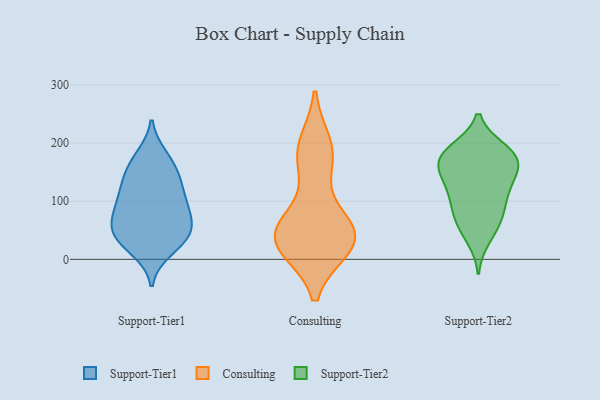
{"axis": {"x": "Gross Profit (USD K)", "y": "Value"}, "legend": ["Consulting", "Support-Tier1", "Support-Tier2"], "data": [{"x": "", "y": 17, "type": "Support-Tier1"}, {"x": "", "y": 144, "type": "Support-Tier1"}, {"x": "", "y": 73, "type": "Support-Tier1"}, {"x": "", "y": 141, "type": "Support-Tier1"}, {"x": "", "y": 167, "type": "Support-Tier1"}, {"x": "", "y": 34, "type": "Support-Tier1"}, {"x": "", "y": 176, "type": "Support-Tier1"}, {"x": "", "y": 57, "type": "Support-Tier1"}, {"x": "", "y": 39, "type": "Support-Tier1"}, {"x": "", "y": 109, "type": "Support-Tier1"}, {"x": "", "y": 92, "type": "Support-Tier1"}, {"x": "", "y": 53, "type": "Support-Tier1"}, {"x": "", "y": 116, "type": "Support-Tier1"}, {"x": "", "y": 86, "type": "Support-Tier1"}, {"x": "", "y": 38, "type": "Support-Tier1"}, {"x": "", "y": 40, "type": "Consulting"}, {"x": "", "y": 175, "type": "Consulting"}, {"x": "", "y": 46, "type": "Consulting"}, {"x": "", "y": 34, "type": "Consulting"}, {"x": "", "y": 25, "type": "Consulting"}, {"x": "", "y": 50, "type": "Consulting"}, {"x": "", "y": 53, "type": "Consulting"}, {"x": "", "y": 195, "type": "Consulting"}, {"x": "", "y": 176, "type": "Consulting"}, {"x": "", "y": 23, "type": "Consulting"}, {"x": "", "y": 184, "type": "Support-Tier2"}, {"x": "", "y": 130, "type": "Support-Tier2"}, {"x": "", "y": 83, "type": "Support-Tier2"}, {"x": "", "y": 127, "type": "Support-Tier2"}, {"x": "", "y": 187, "type": "Support-Tier2"}, {"x": "", "y": 189, "type": "Support-Tier2"}, {"x": "", "y": 178, "type": "Support-Tier2"}, {"x": "", "y": 147, "type": "Support-Tier2"}, {"x": "", "y": 108, "type": "Support-Tier2"}, {"x": "", "y": 36, "type": "Support-Tier2"}, {"x": "", "y": 160, "type": "Support-Tier2"}, {"x": "", "y": 62, "type": "Support-Tier2"}, {"x": "", "y": 96, "type": "Support-Tier2"}, {"x": "", "y": 63, "type": "Support-Tier2"}, {"x": "", "y": 162, "type": "Support-Tier2"}, {"x": "", "y": 167, "type": "Support-Tier2"}]}